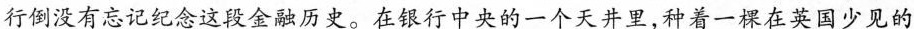
行倒没有忘记纪念这段金融历史。在银行中央的一个天井里，种着一棵在英国少见的